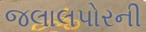
જલાલપોરની